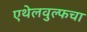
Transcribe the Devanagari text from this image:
एथेलवुल्फचा